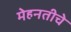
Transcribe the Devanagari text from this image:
मेहनतीचे